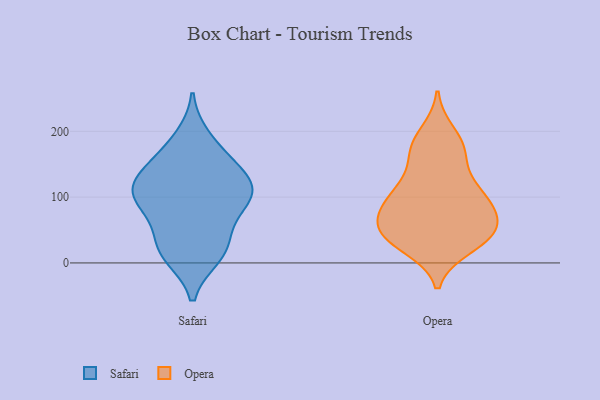
{"axis": {"x": "Customer Acquisition Cost (USD)", "y": "Value"}, "legend": ["Opera", "Safari"], "data": [{"x": "", "y": 131, "type": "Safari"}, {"x": "", "y": 18, "type": "Safari"}, {"x": "", "y": 119, "type": "Safari"}, {"x": "", "y": 18, "type": "Safari"}, {"x": "", "y": 115, "type": "Safari"}, {"x": "", "y": 115, "type": "Safari"}, {"x": "", "y": 96, "type": "Safari"}, {"x": "", "y": 99, "type": "Safari"}, {"x": "", "y": 151, "type": "Safari"}, {"x": "", "y": 69, "type": "Safari"}, {"x": "", "y": 91, "type": "Safari"}, {"x": "", "y": 11, "type": "Safari"}, {"x": "", "y": 37, "type": "Safari"}, {"x": "", "y": 190, "type": "Safari"}, {"x": "", "y": 164, "type": "Safari"}, {"x": "", "y": 38, "type": "Opera"}, {"x": "", "y": 84, "type": "Opera"}, {"x": "", "y": 86, "type": "Opera"}, {"x": "", "y": 46, "type": "Opera"}, {"x": "", "y": 89, "type": "Opera"}, {"x": "", "y": 197, "type": "Opera"}, {"x": "", "y": 74, "type": "Opera"}, {"x": "", "y": 118, "type": "Opera"}, {"x": "", "y": 173, "type": "Opera"}, {"x": "", "y": 33, "type": "Opera"}, {"x": "", "y": 46, "type": "Opera"}, {"x": "", "y": 166, "type": "Opera"}, {"x": "", "y": 57, "type": "Opera"}, {"x": "", "y": 110, "type": "Opera"}, {"x": "", "y": 172, "type": "Opera"}, {"x": "", "y": 111, "type": "Opera"}, {"x": "", "y": 45, "type": "Opera"}, {"x": "", "y": 25, "type": "Opera"}]}